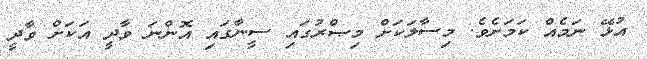
އުޅޭ ނަމެއް ކަމަށެވެ. މިސާލަކަށް މިޞްރުގައި ސީނާގައި އޮންނަ ވާދީ އަކަށް ވާދީ